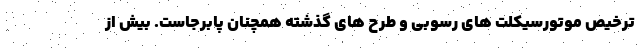
ترخیص موتورسیکلت های رسوبی و طرح های گذشته همچنان پابرجاست. بیش از